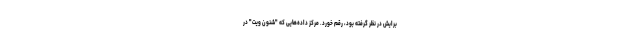
برایش در نظر گرفته بود، رقم خورد. مرکز داده‌هایی که "شنون ویت" در